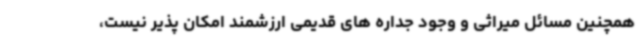
همچنین مسائل میراثی و وجود جداره های قدیمی ارزشمند امکان پذیر نیست،